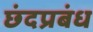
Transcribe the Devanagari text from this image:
छंदप्रबंध